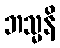
ဘသ္မနိ